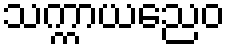
သက္ကာယညေဝ